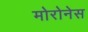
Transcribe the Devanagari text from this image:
मोरोनेस